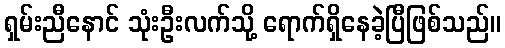
ရှမ်းညီနောင် သုံးဦးလက်သို့ ရောက်ရှိနေခဲ့ပြီဖြစ်သည်။